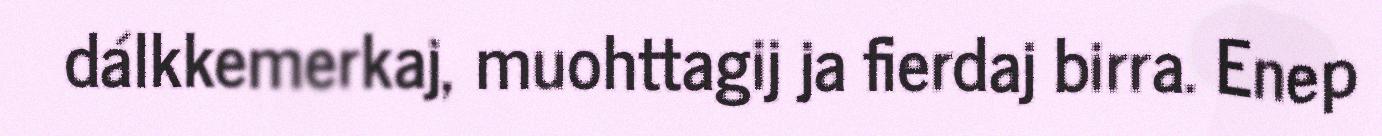
dálkkemerkaj, muohttagij ja fierdaj birra. Enep